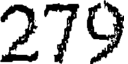
279